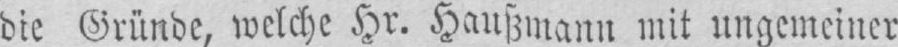
die Gründe, welche Hr. Haußmann mit ungemeiner